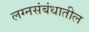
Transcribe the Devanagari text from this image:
लग्नसंबंधातील